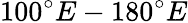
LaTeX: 100^{\circ}E-180^{\circ}E